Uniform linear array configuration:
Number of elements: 32
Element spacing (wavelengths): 0.25
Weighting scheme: uniform
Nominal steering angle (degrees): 15
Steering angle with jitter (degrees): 15.99
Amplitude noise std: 0.05
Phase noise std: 0.05

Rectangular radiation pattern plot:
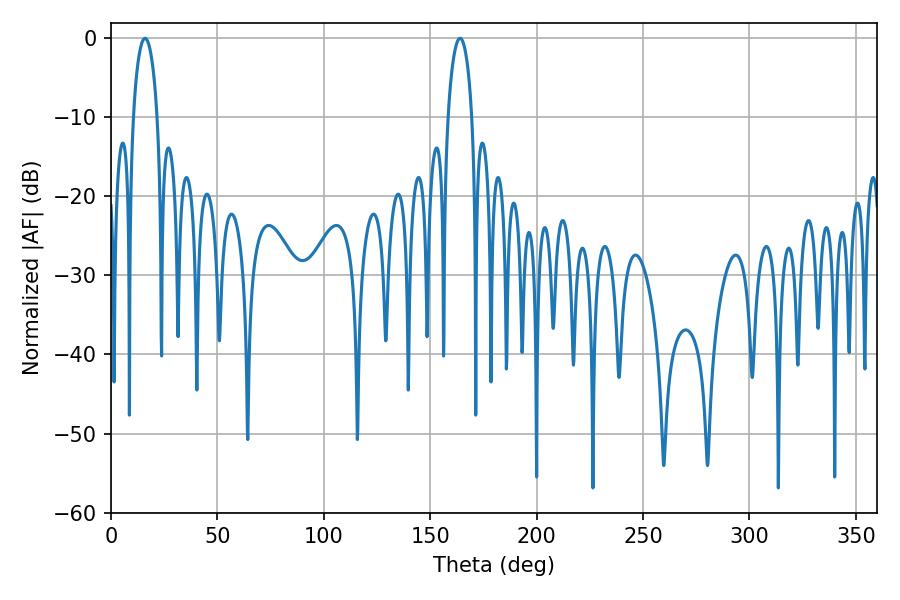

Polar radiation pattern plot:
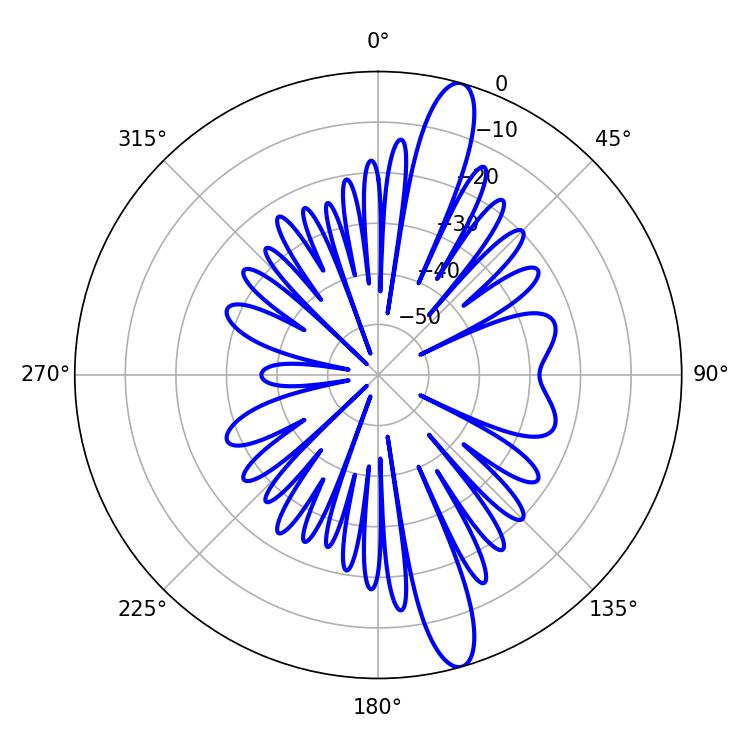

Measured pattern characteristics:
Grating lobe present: FALSE
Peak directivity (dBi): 14.417
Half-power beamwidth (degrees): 6.48
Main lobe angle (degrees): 16.02